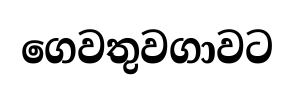
ගෙවතුවගාවට